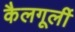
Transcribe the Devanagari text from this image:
कैलगूर्ली